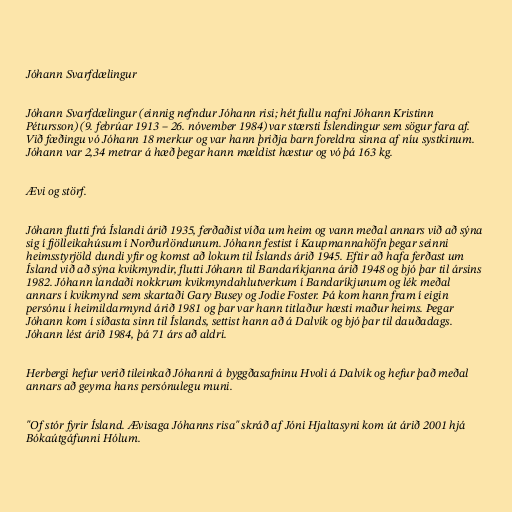
Jóhann Svarfdælingur

Jóhann Svarfdælingur (einnig nefndur Jóhann risi; hét fullu nafni Jóhann Kristinn
Pétursson) (9. febrúar 1913 – 26. nóvember 1984) var stærsti Íslendingur sem sögur fara af.
Við fæðingu vó Jóhann 18 merkur og var hann þriðja barn foreldra sinna af níu systkinum.
Jóhann var 2,34 metrar á hæð þegar hann mældist hæstur og vó þá 163 kg.

Ævi og störf.

Jóhann flutti frá Íslandi árið 1935, ferðaðist víða um heim og vann meðal annars við að sýna
sig í fjölleikahúsum í Norðurlöndunum. Jóhann festist í Kaupmannahöfn þegar seinni
heimsstyrjöld dundi yfir og komst að lokum til Íslands árið 1945. Eftir að hafa ferðast um
Ísland við að sýna kvikmyndir, flutti Jóhann til Bandaríkjanna árið 1948 og bjó þar til ársins
1982. Jóhann landaði nokkrum kvikmyndahlutverkum í Bandaríkjunum og lék meðal
annars í kvikmynd sem skartaði Gary Busey og Jodie Foster. Þá kom hann fram í eigin
persónu í heimildarmynd árið 1981 og þar var hann titlaður hæsti maður heims. Þegar
Jóhann kom í síðasta sinn til Íslands, settist hann að á Dalvík og bjó þar til dauðadags.
Jóhann lést árið 1984, þá 71 árs að aldri.

Herbergi hefur verið tileinkað Jóhanni á byggðasafninu Hvoli á Dalvík og hefur það meðal
annars að geyma hans persónulegu muni.

"Of stór fyrir Ísland. Ævisaga Jóhanns risa" skráð af Jóni Hjaltasyni kom út árið 2001 hjá
Bókaútgáfunni Hólum.